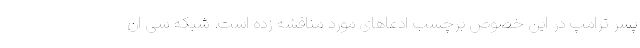
پسر ترامپ در این خصوص برچسب ادعاهای مورد مناقشه زده است. شبکه سی ان